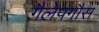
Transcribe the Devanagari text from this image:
गैलेपगौस